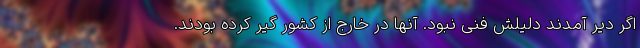
اگر دیر آمدند دلیلش فنی نبود. آنها در خارج از کشور گیر کرده بودند.